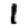
Digit: 1